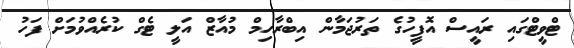
ޓްވީޓްގައި ރައީސް އޮފީހުގެ ތަރުޖަމާން އިބްރާހިމް މުއާޒް އަލީ ޓެގް ކުރެއްވުމަށް ފަހު